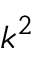
k ^ { 2 }